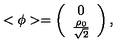
< { \phi } > = \left( \begin{array} { c l } { 0 } \\ { \frac { \rho _ { 0 } } { \sqrt { 2 } } } \\ \end{array} \right) ,